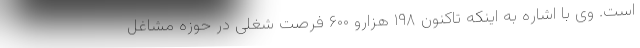
است. وی با اشاره به اینکه تاکنون ۱۹۸ هزارو ۶۰۰ فرصت شغلی در حوزه مشاغل